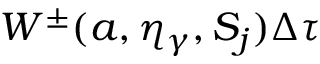
W ^ { \pm } ( a , \eta _ { \gamma } , S _ { j } ) \Delta \tau